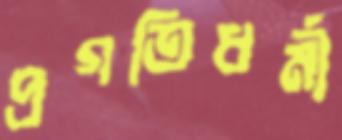
প্রগতিধর্মী